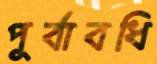
পূর্বাবধি